Indian journal of veterinary science and animal husbandry - Volume 10,
Year: 1940
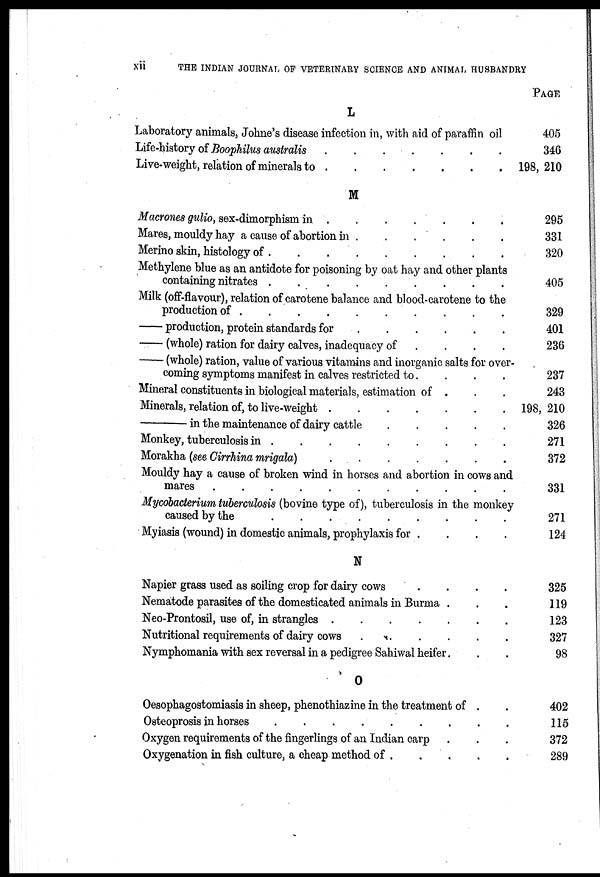
xii
THE INDIAN JOURNAL OF VETERINARY SCIENCE AND ANIMAL HUSBANDRY
L
Laboratory animals, Johne's disease infection in, with aid of paraffin oil
Life-history of Boophilus australis
.
.
.
.
.
.
Live-weight, relation of minerals to
.
.
.
.
.
.
M
Macrones gulio, sex-dimorphism in
.
.
.
.
.
.
.
.
Mares, mouldy hay a cause of abortion in
.
.
.
.
.
.
Merino skin, histology of . . . . . . . . . .
Methylene blue as an antidote for poisoning by oat hay and other plants
containing nitrates . . . . . . . . . .
Milk (off-flavour), relation of carotene balance and blood-carotene to the
production of . . . . . . . . . .
production, protein standards for . . . . . . .
—(whole) ration for dairy calves, inadequacy of .
.
. .
—(whole) ration, value of various vitamins and inorganic salts for over-
coming symptoms manifest in calves restricted to. . . .
Mineral constituents in biological materials, estimation of . . . .
Minerals, relation of, to live-weight
.
.
.
.
.
.
.
—
in the maintenance of dairy cattle
.
.
.
.
Monkey, tuberculosis in . . . . . . . . . .
Morakha (see Cirrhina mrigala)
.
.
.
.
.
.
.
Mouldy hay a cause of broken wind in horses and abortion in cows and
mares . . . . . . . . . .
Mycobacterium tuberculosis (bovine type of), tuberculosis in the monkey
caused by the . . . . . . . . . .
Myiasis (wound) in domestic animals, prophylaxis for . . . .
N
Napier grass used as soiling crop for dairy cows
.
.
.
.
Nematode parasites of the domesticated animals in Burma . . .
Neo-Prontosil, use of, in strangles
.
.
.
.
.
Nutritional requirements of dairy cows
.
.
.
.
.
.
Nymphomania with sex reversal in a pedigree Sahiwal heifer. . .
O
Oesophagostomiasis in sheep, phenothiazine in the treatment of . .
Osteoprosis in horses . . . . . . . . .
Oxygen requirements of the fingerlings of an Indian carp . . .
Oxygenation in fish culture, a cheap method of
.
.
.
.
.
PAGE
405
346
198, 210
295
331
320
405
329
401
236
237
243
198, 210
326
271
372
331
271
124
325
119
123
327
98
402
115
372
289